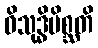
ဝိသုဒ္ဓိမိစ္ဆတိ